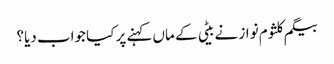
بیگم کلثوم نواز نے بیٹی کے ماں کہنے پر کیا جواب دیا؟